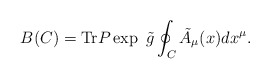
\begin{align*}B(C) = {\rm Tr} P \exp \ \tilde{g} \oint_C \tilde{A}_\mu(x) dx^\mu.\end{align*}